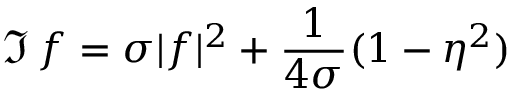
\Im \, f = \sigma | f | ^ { 2 } + { \frac { 1 } { 4 \sigma } } ( 1 - \eta ^ { 2 } )